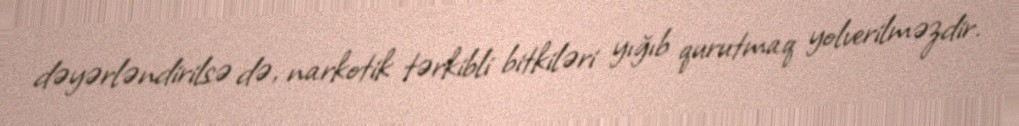
dəyərləndirilsə də, narkotik tərkibli bitkiləri yığıb qurutmaq yolverilməzdir.